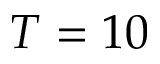
T = 1 0